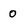
Character: 0